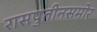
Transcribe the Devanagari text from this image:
रासपुतीनसमोर